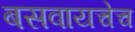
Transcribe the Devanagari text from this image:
बसवायचेच